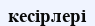
кесірлері